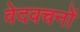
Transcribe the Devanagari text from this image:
वेदवचनों